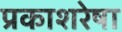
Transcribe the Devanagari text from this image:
प्रकाशरेषा